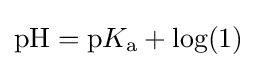
\mathrm {pH} =\mathrm {p} K_{\mathrm {a} }+\log(1)